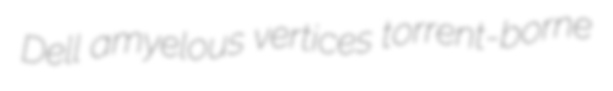
Dell amyelous vertices torrent-borne